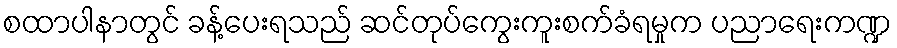
စထာပါနာတွင် ခန့်ပေးရသည် ဆင်တုပ်ကွေးကူးစက်ခံရမှုက ပညာရေးကဏ္ဍ